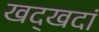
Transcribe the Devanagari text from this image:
खद्खदां